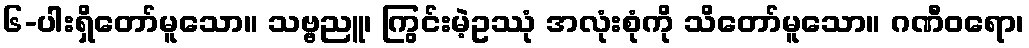
၆-ပါးရှိတော်မူသော။ သဗ္ဗညူ၊ ကြွင်းမဲ့ဥဿုံ အလုံးစုံကို သိတော်မူသော။ ဂဏီဝရော၊